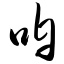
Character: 咱